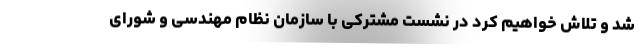
شد و تلاش خواهیم کرد در نشست مشترکی با سازمان نظام مهندسی و شورای